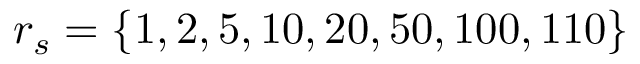
r _ { s } = \{ 1 , 2 , 5 , 1 0 , 2 0 , 5 0 , 1 0 0 , 1 1 0 \}